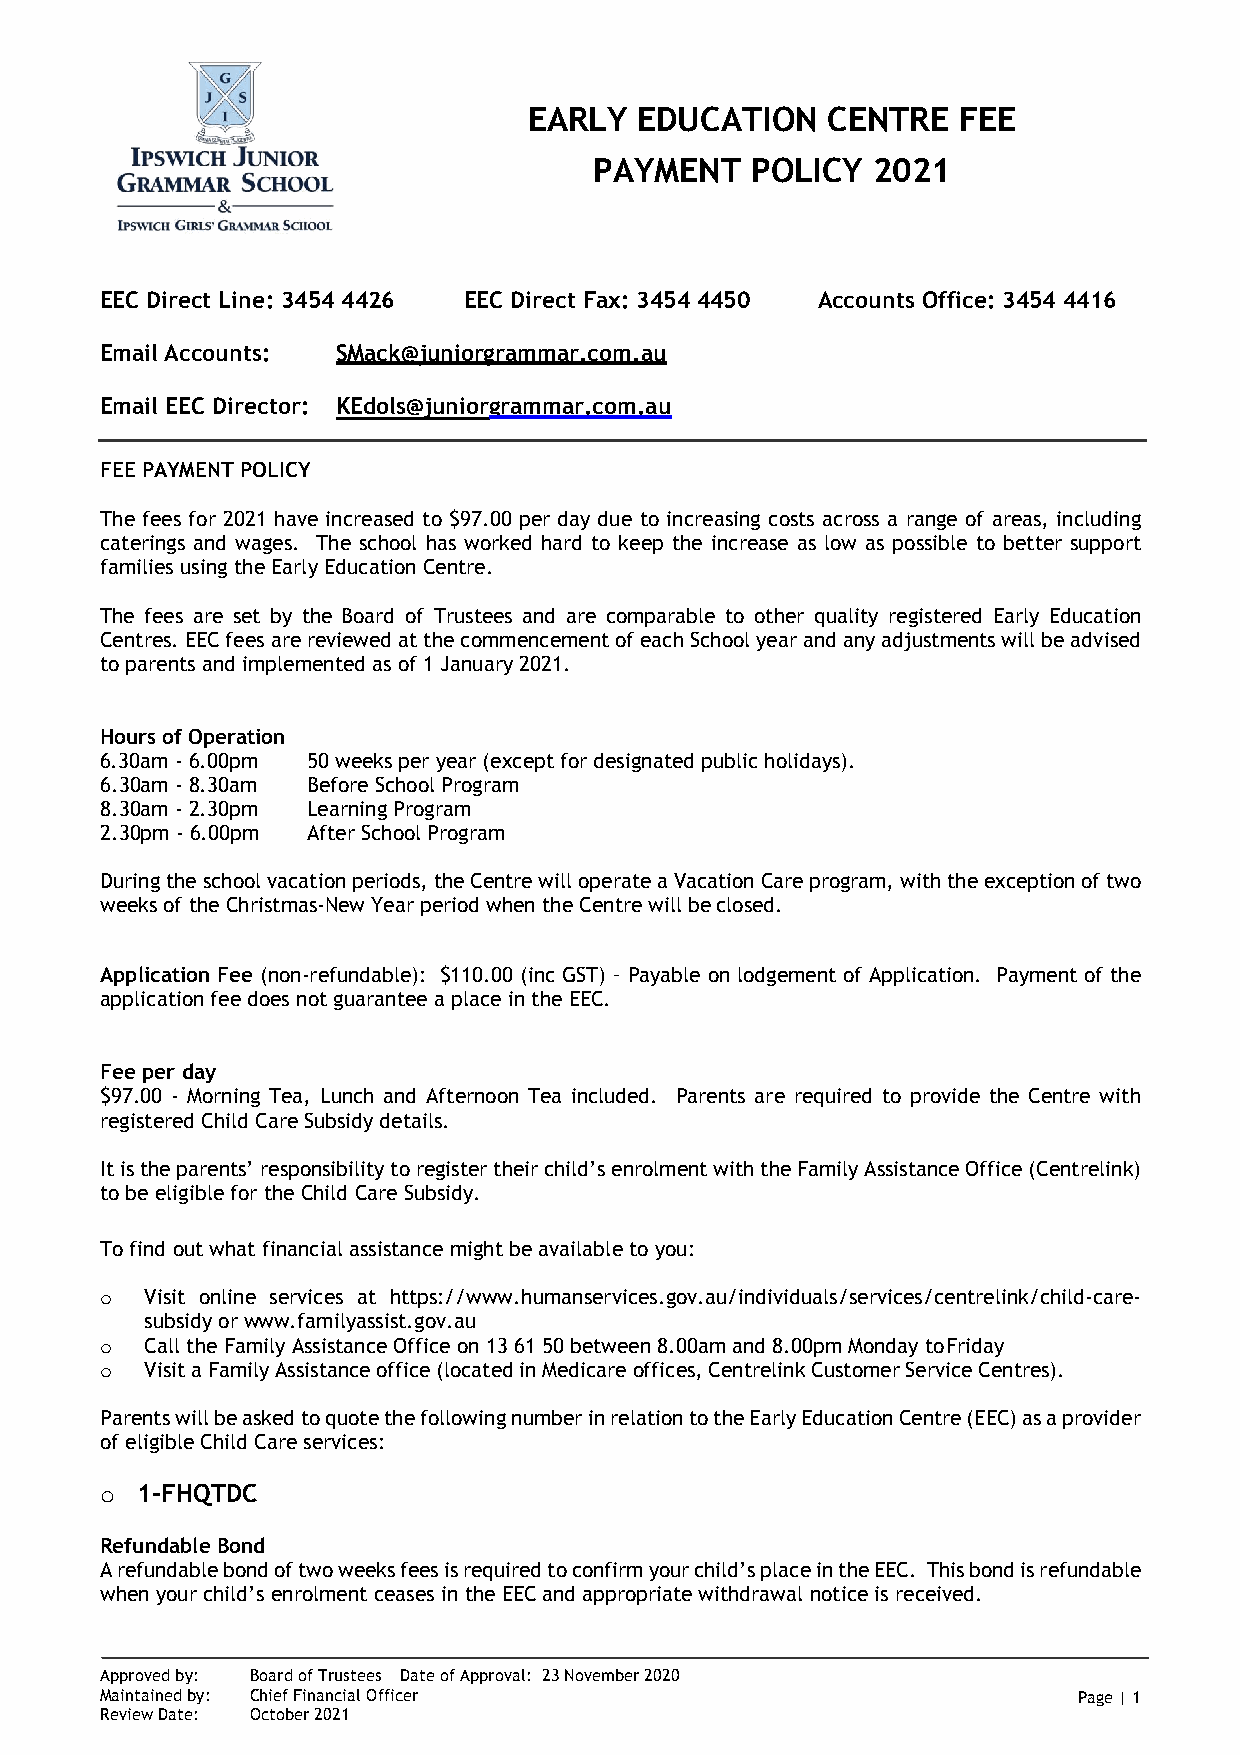
EARLY  EDUCATION    CENTRE  FEE
 PAYMENT    POLICY  2021
 EEC Direct Line: 3454 4426 EEC Direct Fax: 3454 4450 Accounts Office: 3454 4416
 Email Accounts: SMack@juniorgrammar.com.au
 Email EEC Director: KEdols@juniorgrammar.com.au
 FEE PAYMENT POLICY
 The fees for 2021 have increased to $97.00 per day due to increasing costs across a range of areas, including
 caterings and wages. The school has worked hard to keep the increase as low as possible to better support
 families using the Early Education Centre.
 The fees are set by the Board of Trustees and are comparable to other quality registered Early Education
 Centres. EEC fees are reviewed at the commencement of each School year and any adjustments will be advised
 to parents and implemented as of 1 January 2021.
 Hours of Operation
 6.30am - 6.00pm 50 weeks per year (except for designated public holidays).
 6.30am - 8.30am Before School Program
 8.30am - 2.30pm Learning Program
 2.30pm - 6.00pm After School Program
 During the school vacation periods, the Centre will operate a Vacation Care program, with the exception of two
 weeks of the Christmas-New Year period when the Centre will be closed.
 Application Fee (non-refundable): $110.00 (inc GST) – Payable on lodgement of Application. Payment of the
 application fee does not guarantee a place in the EEC.
 Fee per day
 $97.00 - Morning Tea, Lunch and Afternoon Tea included. Parents are required to provide the Centre with
 registered Child Care Subsidy details.
 It is the parents’ responsibility to register their child’s enrolment with the Family Assistance Office (Centrelink)
 to be eligible for the Child Care Subsidy.
 To find out what financial assistance might be available to you:
 o  Visit online services at https://www.humanservices.gov.au/individuals/services/centrelink/child-care-
 subsidy or www.familyassist.gov.au
 o  Call the Family Assistance Office on 13 61 50 between 8.00am and 8.00pm Monday to Friday
 o  Visit a Family Assistance office (located in Medicare offices, Centrelink Customer Service Centres).
 Parents will be asked to quote the following number in relation to the Early Education Centre (EEC) as a provider
 of eligible Child Care services:
 o 1-FHQTDC
 Refundable Bond
 A refundable bond of two weeks fees is required to confirm your child’s place in the EEC. This bond is refundable
 when your child’s enrolment ceases in the EEC and appropriate withdrawal notice is received.
 Approved by: Board of Trustees Date of Approval: 23 November 2020
 Maintained by: Chief Financial Officer                          Page | 1
 Review Date: October 2021